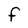
Character: F